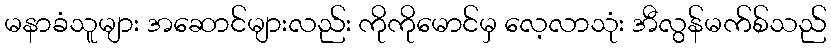
မနာခံသူများ အဆောင်များလည်း ကိုကိုမောင်မှ လေ့လာသုံး အီလွန်မက်စ်သည်